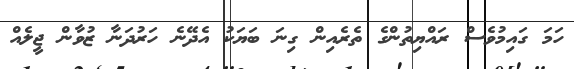
ހަމަ ގައިމުވެސް ރައްޔިތުންގެ ތެރެއިން ގިނަ ބަޔަކު އެދޭނެ ހަރުދަނާ ޒުވާން ޖީލެއް